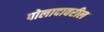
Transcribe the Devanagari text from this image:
पोलादावरील